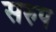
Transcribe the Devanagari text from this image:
सरुप